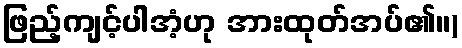
ဖြည့်ကျင့်ပါအံ့ဟု အားထုတ်အပ်၏။)